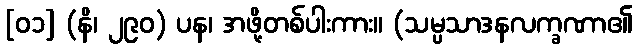
[၀၁] (နိ၊ ၂၉၀) ပန၊ အဖို့တစ်ပါးကား။ (သမ္ပသာဒနလက္ခဏာ၏